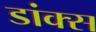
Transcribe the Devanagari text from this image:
डांक्स